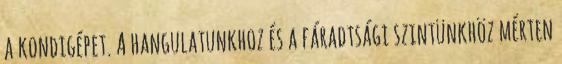
a kondigépet. A hangulatunkhoz és a fáradtsági szintünkhöz mérten